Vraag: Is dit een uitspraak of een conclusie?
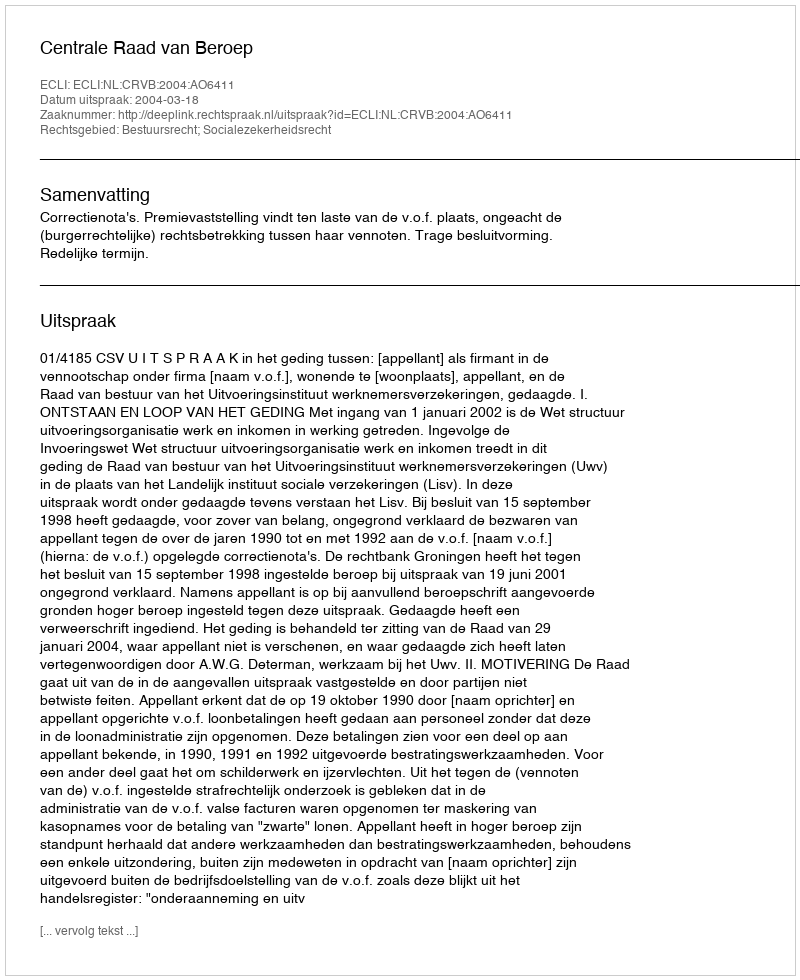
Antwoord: Uitspraak